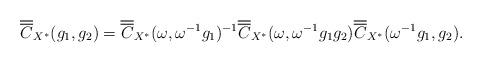
LaTeX: \begin{align*}\overline{\overline{C}}_{X^{\ast}}(g_1, g_2)&=\overline{\overline{C}}_{X^{\ast}}(\omega, \omega^{-1}g_1)^{-1}\overline{\overline{C}}_{X^{\ast}}(\omega, \omega^{-1} g_1 g_2)\overline{\overline{C}}_{X^{\ast}}(\omega^{-1} g_1, g_2).\end{align*}